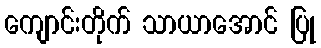
ကျောင်းတိုက် သာယာအောင် ပြု